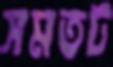
সমতট